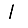
Digit: 1